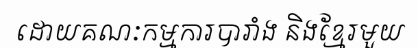
ដោយគណៈកម្មការបារាំង និងខ្មែរមួយ